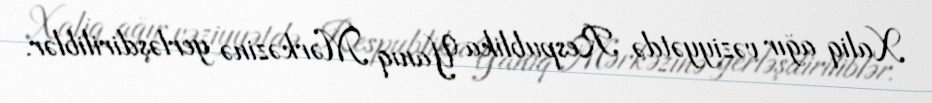
Xaliq ağır vəziyyətdə Respublika Yanıq Mərkəzinə yerləşdiriliblər.